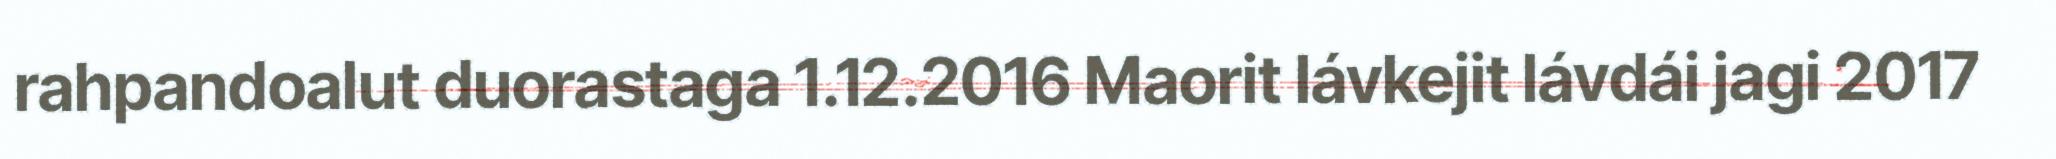
rahpandoalut duorastaga 1.12.2016 Maorit lávkejit lávdái jagi 2017